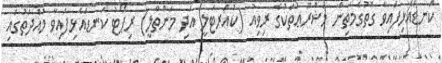
ކަނޑައެޅިފައިވާ ގޮތުގެމަތިން މަޝްރޫޢުތަކުގެ ރިވިއު (ކުއަރޓަލީ އަދި މަންތްލީ) ރިޕޯޓު ކަނޑައެޅިފައިވާ މުއްދަތުގައި